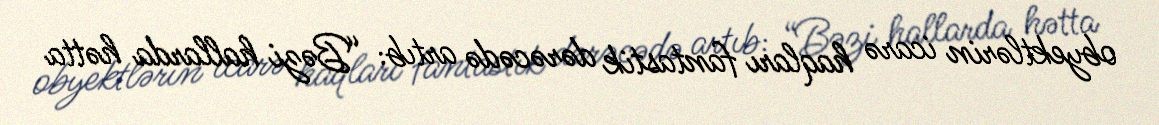
obyektlərin icarə haqları fantastik dərəcədə artıb: “Bəzi hallarda hətta